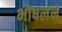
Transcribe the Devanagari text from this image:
भोंषलेने